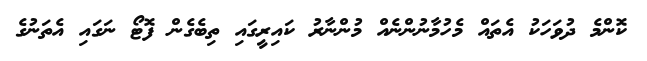
ކޮންމެ ދުވަހަކު އެތައް މެހުމާނުންނެއް މުންނާރު ކައިރީގައި ތިބެގެން ފޮޓޯ ނަގައި އެތަނުގެ